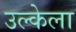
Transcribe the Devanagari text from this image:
उल्केला